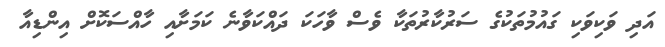
އަދި ވަކިވަކި ގައުމުތަކުގެ ސަރުކާރުތަކާ ވެސް ވާހަކަ ދައްކަވާނެ ކަމަށާއި ހާއްސަކޮށް އިންޑިއާ